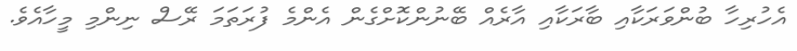
އެހުރިހާ ބުންވަރަކާއި ބާރަކާއި އާރެއް ބޭނުންކޮށްގެން އެންމެ ފުރަތަމަ ރޭސް ނިންމި މީހާއެެވެ.